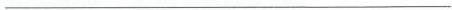
___